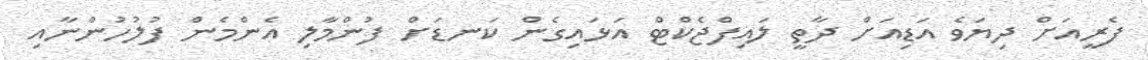
ފެރީއަށް ދިޔަވެ އަޑިއަށް ދާތީ ލައިފްޖެކްޓް އަޅައިގެން ކަނޑަށް ފުންމާލި އެންމެން ފުލުހުންނާއި